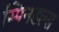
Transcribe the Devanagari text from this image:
स्पिनडल्स